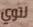
لتوي